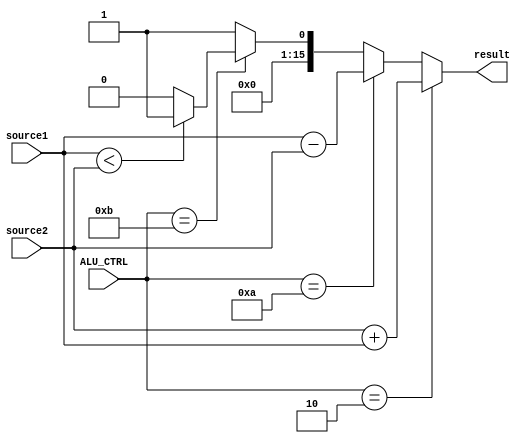
`timescale 1ns / 1ps

module ALU( source1,source2,ALU_CTRL,result);
	input [15:0] source1;
	input [15:0] source2;
	input [3:0] ALU_CTRL;
 	output [15:0] result;

	/* add your design */   
	wire [15:0] result;

	assign result = (ALU_CTRL == 4'b0010)?(source2 + source1)://add
			(ALU_CTRL == 4'b1010)?(source1-source2)://sub
			(ALU_CTRL == 4'b1011)?((source1<source2)?1:0):1;//slt,default:1
	

endmodule